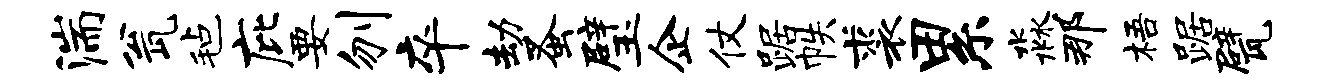
湍瓮毡庇要刎卒劫蚤璧企仗踞帙裘累淼那梧踞甓